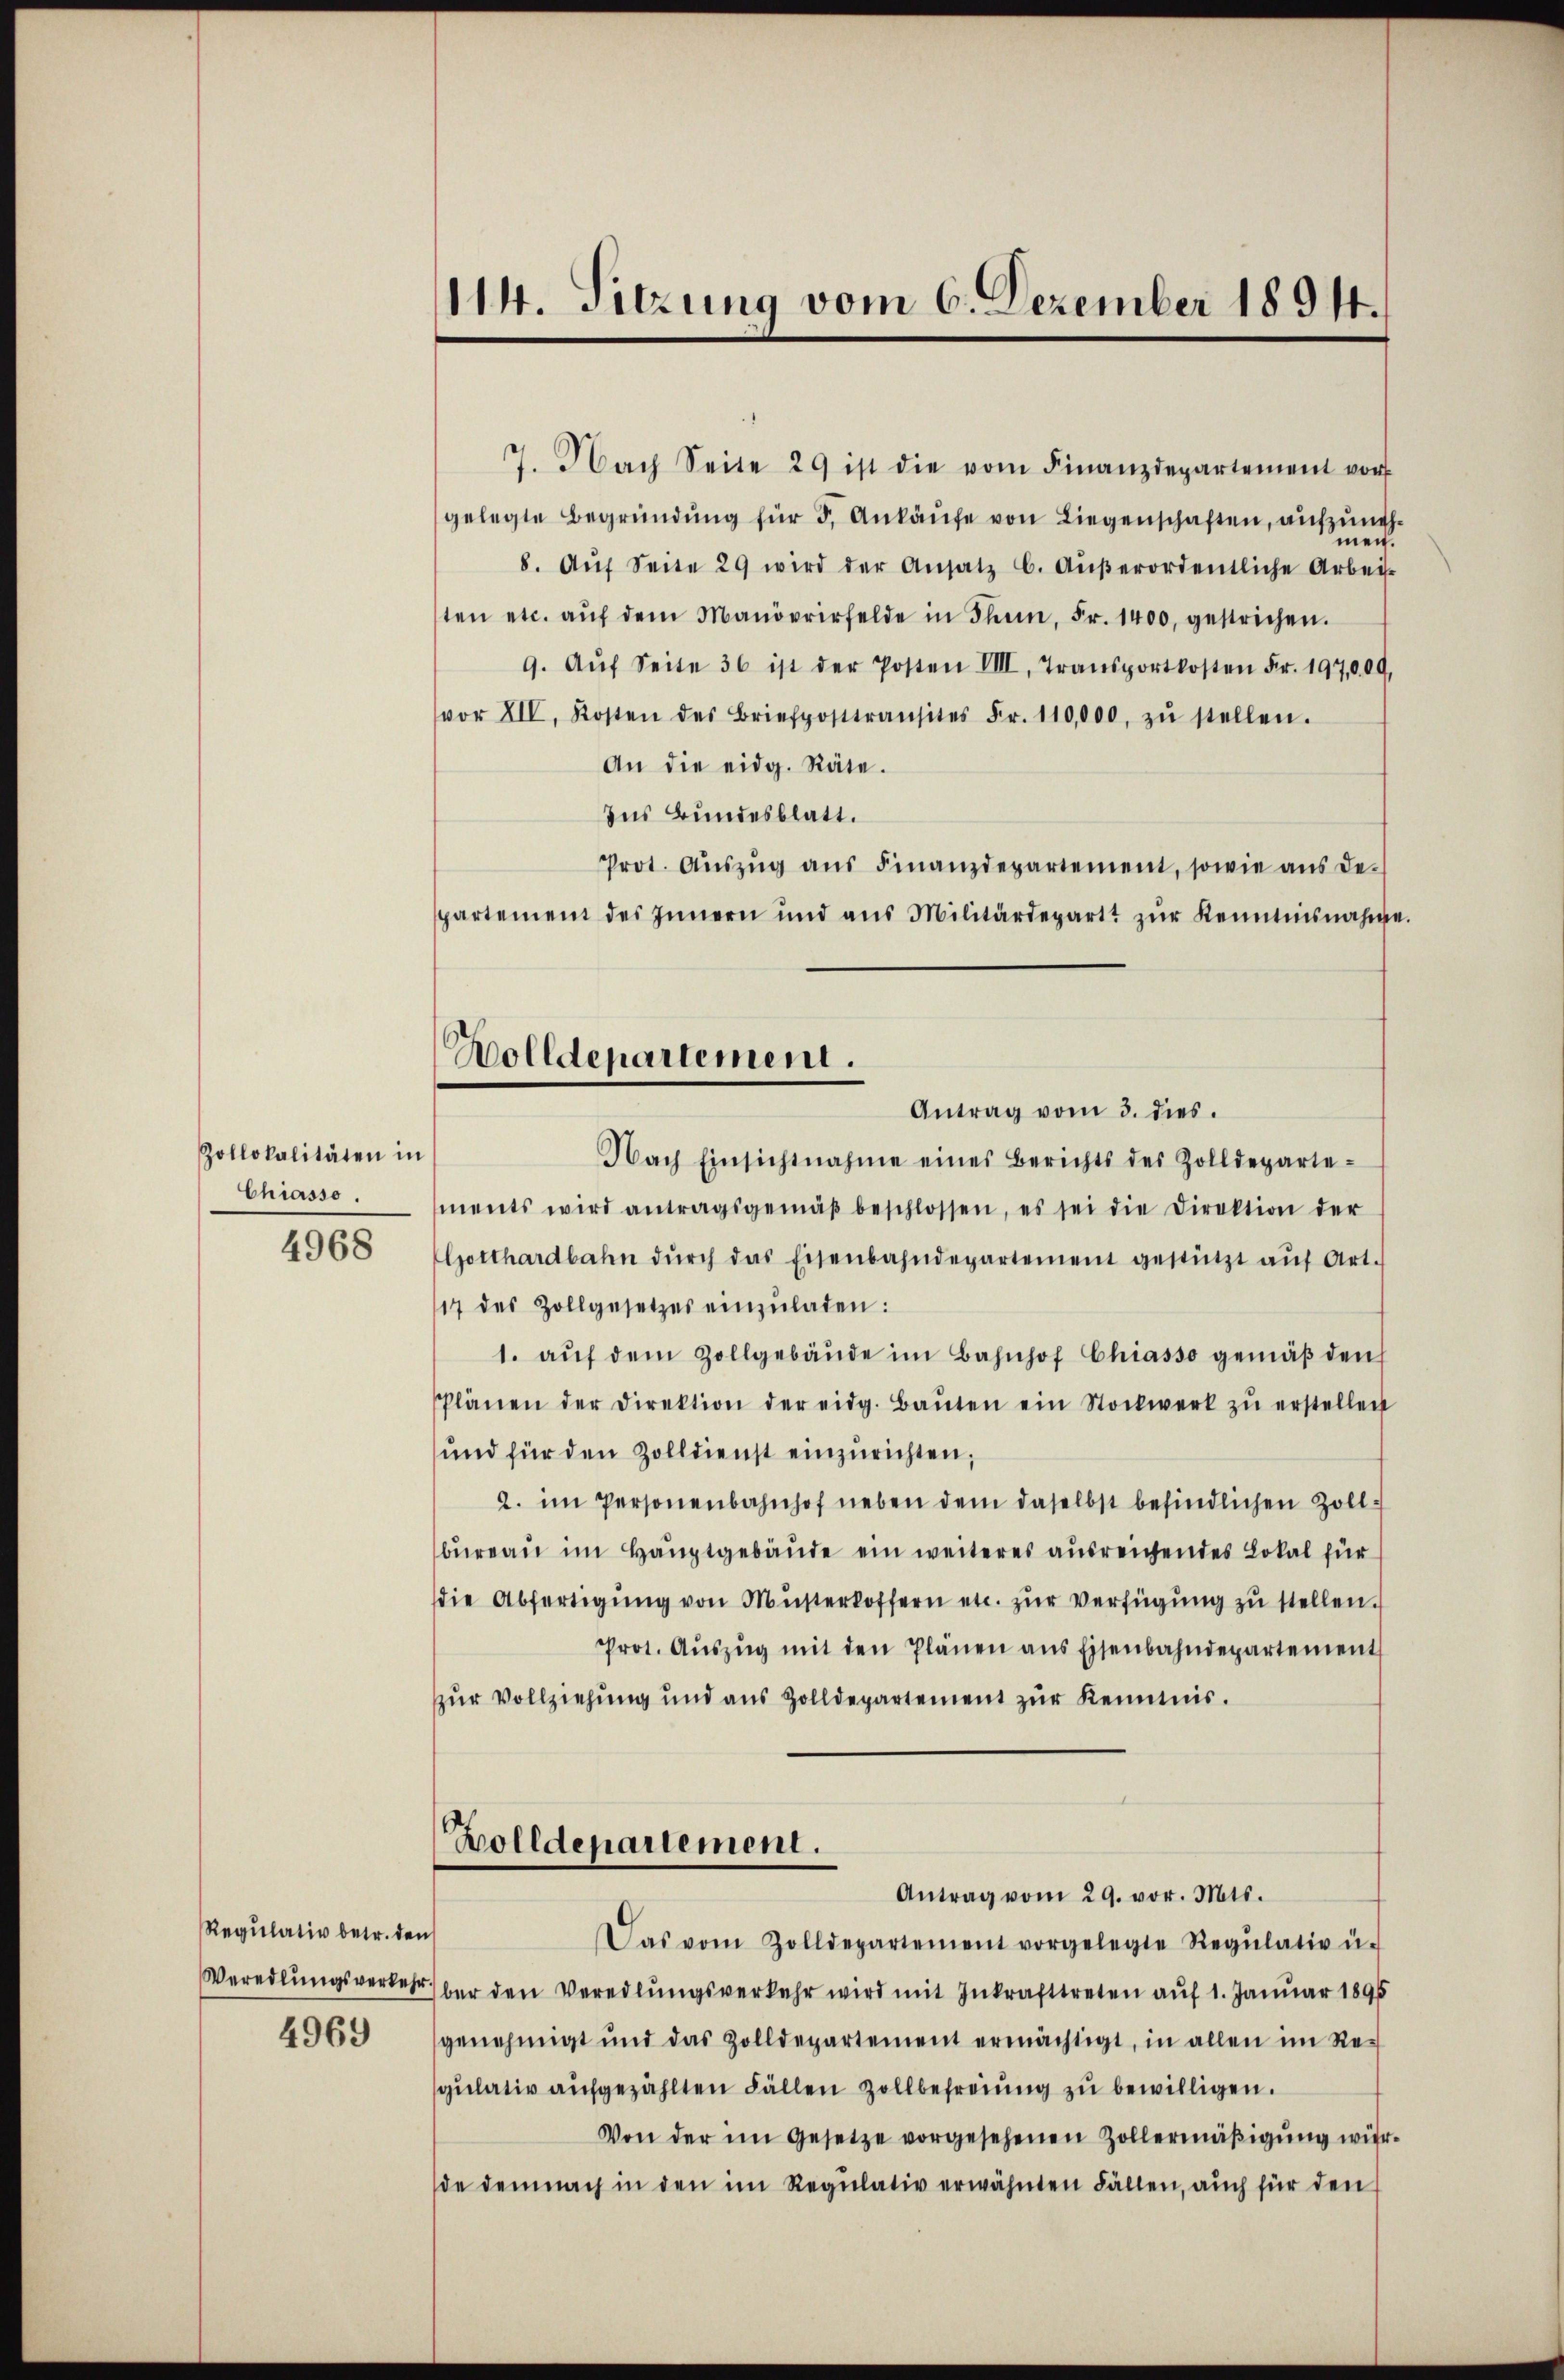
Zollokalitäten in
Chiasso.
4968

Regulativ betr. den
4969

7. Nach Seite 29 ist die vom Finanzdepartement vor
gelegte Begründŭng für 5. Ankaŭfe von Liegenschaften, aufzuneh
men.
8. Aŭf Seite 29 wird der Ansatz b. Aŭβerordentliche Arbei-
ten etc. aŭf dem Manövrirfelde in Thun, Fr. 1400, gestrichen.
9. Aŭf Seite 36 ist der Posten VIII. Transportkosten Fr. 197,000.
vor XIV. Kosten des Briefposttransites Fr. 110,000. zŭ stellen.
An die eidg. Räte.
Ins Bundesblatt.
Prot. Aŭszŭg aŭs Finanzdepartement, sowie aŭs de-
partement des Innern und aus Militärdepart zŭr Kenntnisnahme
Nach Einsichtnahme eines Berichts des Zolldeparte-
ments wird antragsgemäβ beschlossen, es sei die Direktion der
Gotthardbahn dŭrch das Eisenbahndepartement gestützt aŭf Art.
17 des Zollgesetzes einzŭladen:
1. aŭf dem Zollgebäŭde im Bahnhof Chiasso gemäβ den
Plänen der Direktion der eidg. Baŭten ein Stockwerk zŭ erstellen
und für den Zolldienst einzurichten,
2. im Personenbahnhof neben dem daselbst befindlichen Zollbüreau im Hauptgebäude ein weiteres ausreichendes Lokal für
die Abfertigŭng von Müsterkoffern etc. zŭr Verfügung zu stellen.
Prot. Aŭszŭg mit den Plänen ans Eisenbahndepartement
zur Vollziehung und aus Zolldepartement zur Kenntnis.
Bolldepartement.

114. Sitzung vom 6. Dezember 1894.

Aolldepartement.
Antrag vom 3. dies.

Antrag vom 29. vor. Mts.

Das vom Zolldepartement vorgelegte Regŭlativ u.
Veredlungsverkehr ber den Veredlungsverkehr wird mit Inkrafttreten auf 1. Januar 1895
genehmigt und das Zolldepartement ermächtigt, in allen im Re-
gulativ aufgezählten Fällen Zollbefreiung zu bewilligen.
Von der im Gesetze vorgesehenen Zollermäβigŭng würde demnach in den im Regŭlativ erwähnten Fällen, auch für den